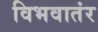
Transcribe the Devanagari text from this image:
विभवातंर